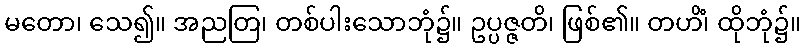
မတော၊ သေ၍။ အညတြ၊ တစ်ပါးသောဘုံ၌။ ဥပ္ပဇ္ဇတိ၊ ဖြစ်၏။ တဟိံ၊ ထိုဘုံ၌။